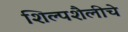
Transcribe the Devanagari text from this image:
शिल्पशैलीचे